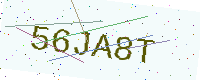
Text: 56JA8T